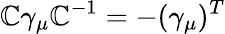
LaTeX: \mathbb{C}\gamma_{\mu}\mathbb{C}^{-1}=-(\gamma_{\mu})^{T}